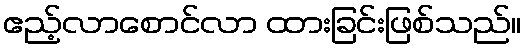
ဧည့်လာစောင်လာ ထားခြင်းဖြစ်သည်။